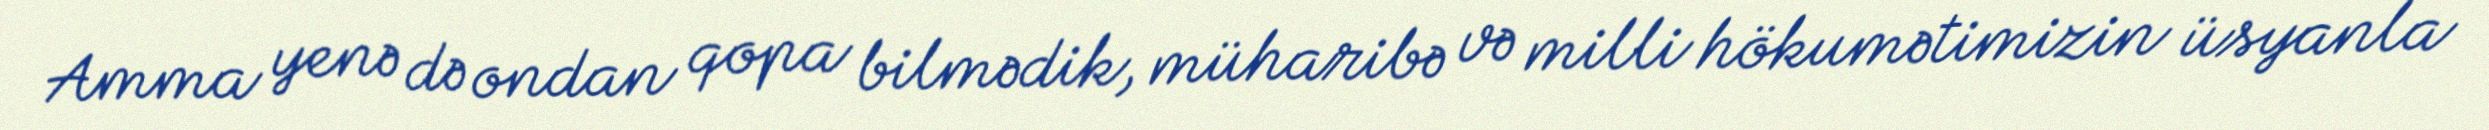
Amma yenə də ondan qopa bilmədik, müharibə və milli hökumətimizin üsyanla